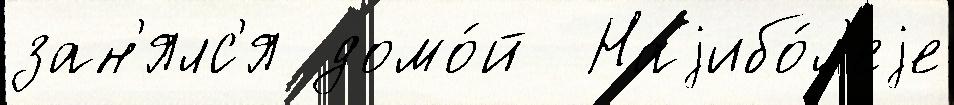
зан'ялс'я домо́й  Наjибо́л'еjе